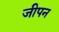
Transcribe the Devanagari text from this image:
जीपन